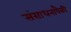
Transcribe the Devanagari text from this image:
संसाधनांपैकी